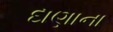
દાણાના